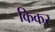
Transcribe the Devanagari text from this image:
किकर